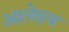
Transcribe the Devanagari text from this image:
अालेखच